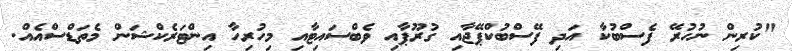
"ކުރިން ނުހުރޭ ފެސްބުކާ އަދި ފޭސްބުކްޕޭޖާއި ގުރޫޕާއި ވެބްސައިޓާއި މިހުރިހާ އިންޓަރެކްޝަން މެތަޑްސްއެއް.